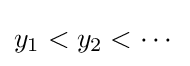
y_{1}<y_{2}<\cdots